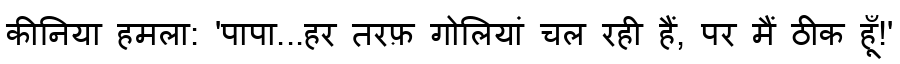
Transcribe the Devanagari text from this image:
कीनिया हमला: 'पापा...हर तरफ़ गोलियां चल रही हैं, पर मैं ठीक हूँ!'